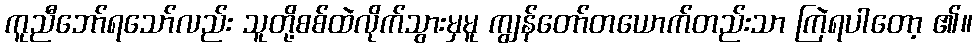
ကူညီဘော်ရသော်လည်း သူတို့စစ်ထဲလိုက်သွားမှမူ ကျွန်တော်တယောက်တည်းသာ ကြဲရပါတော့ ၏။